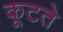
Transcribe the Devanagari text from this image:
कूटते